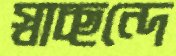
স্বাচ্ছন্দে